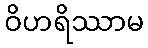
ဝိဟရိဿာမ